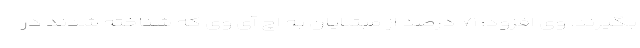
بگیرند. وی افزود: ۷۱ درصد از مبتلایان به اچ آی وی که شناخته شدند در